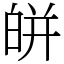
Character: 皏